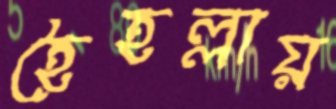
হৈহল্লায়